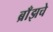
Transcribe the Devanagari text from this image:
ब्राँझचे